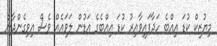
މިޔުޒިކް ކުޑަ އިއްބެ ހަދާފައިވާއިރު ކުޑަ އިއްބެގެ އަޑުން ލަވައެއް ވެސް އިވިގެންދާނެ